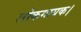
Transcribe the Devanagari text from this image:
लोकगायक।